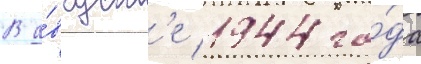
В а́вгуст'е 1944 го́да